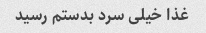
غذا خیلی سرد بدستم رسید